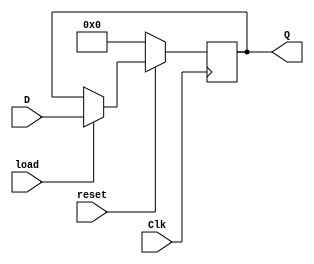
`timescale 1ns / 1ps
//////////////////////////////////////////////////////////////////////////////////
// Company: 
// Engineer: 
// 
// Design Name: 
// Module Name:    register 
// Project Name: 
// Target Devices: 
// Tool versions: 
// Description: 
//
// Dependencies: 
//
// Revision: 
// Revision 0.01 - File Created
// Additional Comments: 
//
//////////////////////////////////////////////////////////////////////////////////
module register(input [3:0] D, input Clk,
	input reset, input load, output reg [3:0] Q);
	
	always @(posedge Clk)
		if (~reset)
		begin
			Q <= 4'b0;
		end else if (load) begin
			Q <= D;
		end
endmodule